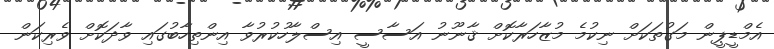
އެމްޑީޕީން މަގުތަކަށް ނިކުމެ މުޒާހަރާކޮށް ޤާނޫނު އަސާސީ އިސްލާހުކުރުވާ އިންތިހާބުގައި ވާދަކޮށް ވެރިކަން